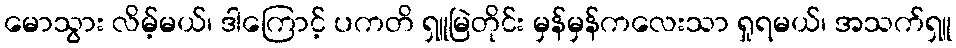
မောသွား လိမ့်မယ်၊ ဒါကြောင့် ပကတိ ရှူမြဲတိုင်း မှန်မှန်ကလေးသာ ရှုရမယ်၊ အသက်ရှူ